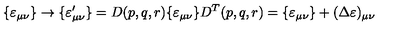
\{ \varepsilon _ { \mu \nu } \} \rightarrow \{ \varepsilon _ { \mu \nu } ^ { \prime } \} = D ( p , q , r ) \{ \varepsilon _ { \mu \nu } \} D ^ { T } ( p , q , r ) = \{ \varepsilon _ { \mu \nu } \} + ( \Delta \varepsilon ) _ { \mu \nu }